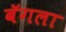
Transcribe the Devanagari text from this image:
बॅगला